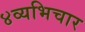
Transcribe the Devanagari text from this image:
४व्यभिचार